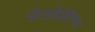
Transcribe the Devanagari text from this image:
मेटलोप्रोटिनेज